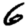
Digit: 6